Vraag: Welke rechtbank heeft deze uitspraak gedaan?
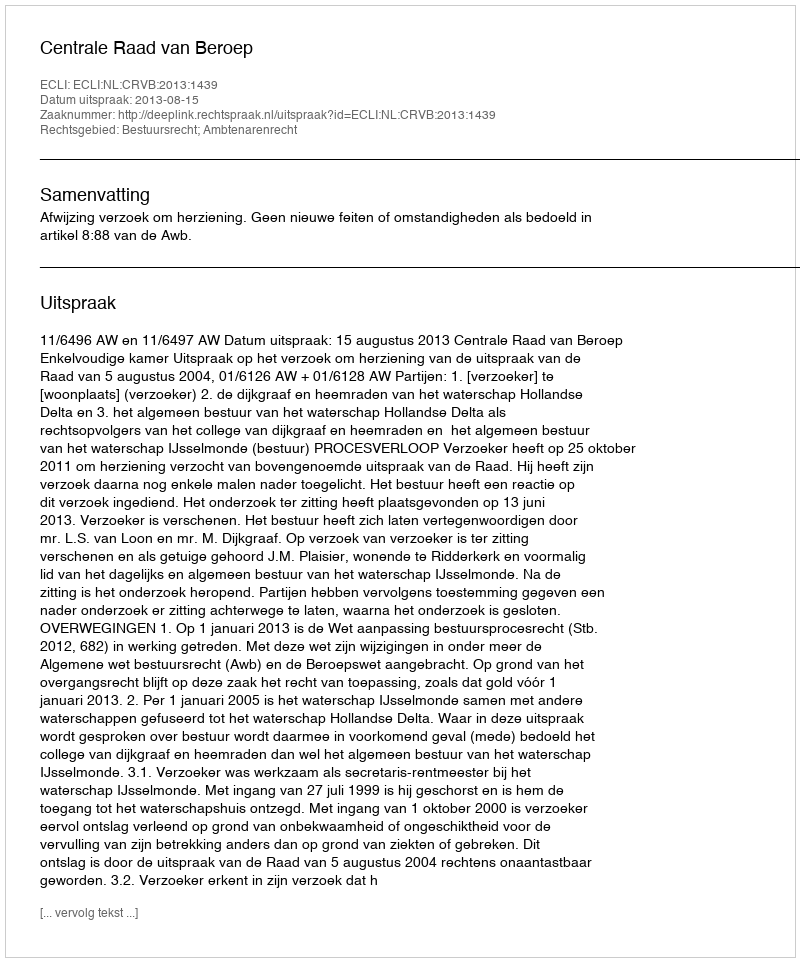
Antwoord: Centrale Raad van Beroep